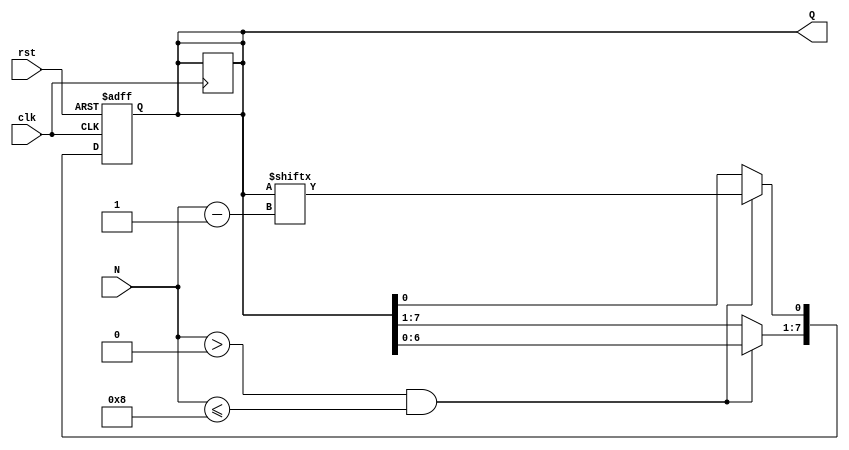
module variable_length_ring_counter #(
    parameter TOTAL_FLIP_FLOPS = 8 // Total number of flip-flops
)(
    input wire clk,                // Clock input
    input wire rst,                // Asynchronous reset
    input wire [3:0] N,            // Length of the ring counter (1 to TOTAL_FLIP_FLOPS)
    output reg [TOTAL_FLIP_FLOPS-1:0] Q // Counter outputs
);

    // Internal variable to hold the current state
    reg [TOTAL_FLIP_FLOPS-1:0] current_state;

    always @(posedge clk or posedge rst) begin
        if (rst) begin
            // Reset the counter: only Q0 is set to 1, others are 0
            current_state <= 1'b1; // Q0 = 1
            Q <= current_state;
        end else begin
            // Shift the state based on the current length N
            if (N > 0 && N <= TOTAL_FLIP_FLOPS) begin
                // Clear the current state
                current_state <= {current_state[TOTAL_FLIP_FLOPS-2:0], 1'b0}; // Shift left
                // Set the next state based on the current state
                current_state[0] <= current_state[N-1]; // Wrap around
                Q <= current_state;
            end
        end
    end

    // Initialize the output Q with the current state
    always @(*) begin
        Q = current_state;
    end

endmodule